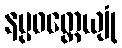
နပ္ပဝတ္တေယျုံ